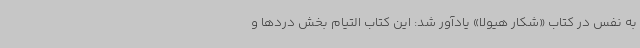
به نفس در کتاب «شکار هیولا» یادآور شد: این کتاب التیام بخش دردها و